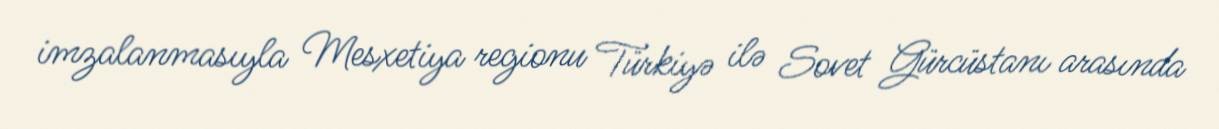
imzalanmasıyla Mesxetiya regionu Türkiyə ilə Sovet Gürcüstanı arasında